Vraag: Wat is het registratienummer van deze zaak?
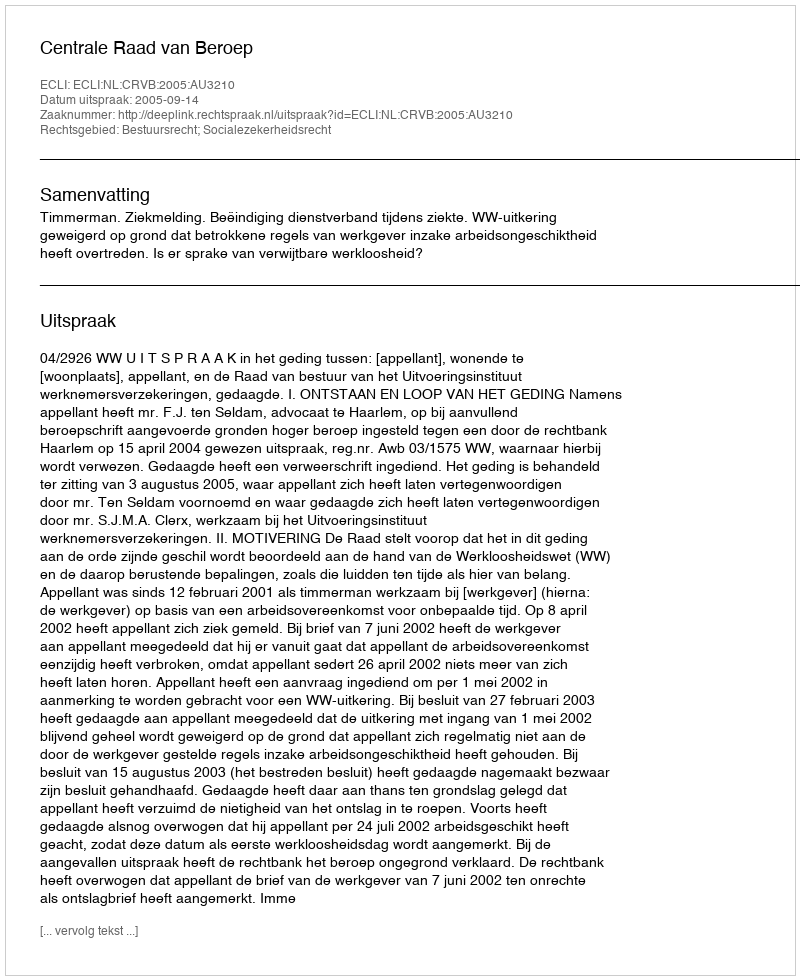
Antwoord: http://deeplink.rechtspraak.nl/uitspraak?id=ECLI:NL:CRVB:2005:AU3210